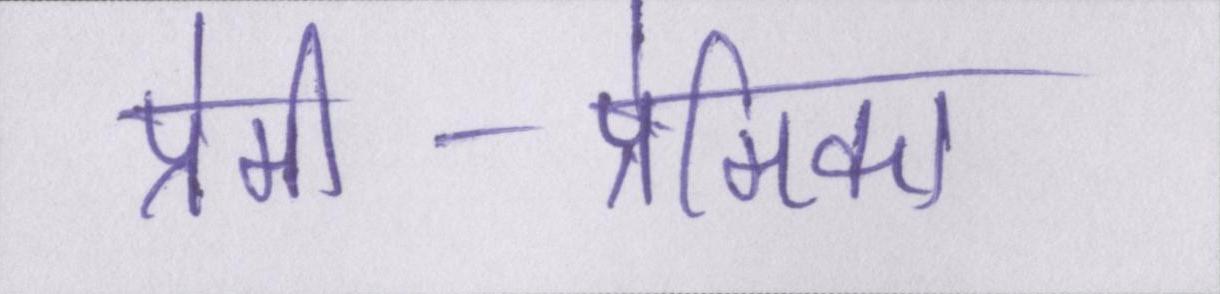
प्रेमी-प्रेमिका